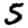
Digit: 5